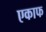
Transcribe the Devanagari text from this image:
एकाफ